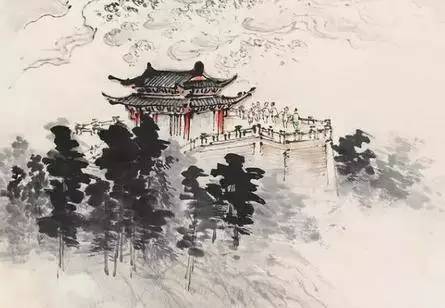
欲穷千里目，更上一层楼。